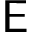
\mathsf { E }